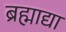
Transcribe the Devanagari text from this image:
ब्रह्माद्या